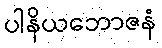
ပါနိယဘောဇနံ